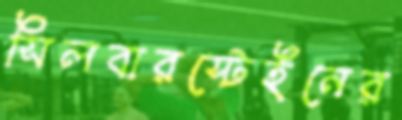
সিলবারস্টেইনের